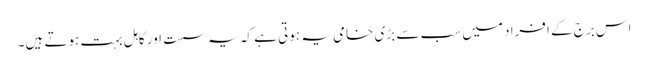
اس برج کے افراد میں سب سے بڑی خامی یہ ہوتی ہے کہ یہ سست اور کاہل بہت ہوتے ہیں۔